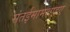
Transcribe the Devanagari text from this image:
संतईमामशाहए